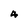
Character: 4